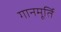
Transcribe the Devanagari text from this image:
गानमूर्ति